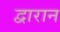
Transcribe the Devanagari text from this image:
द्वारान